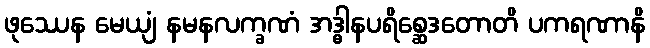
ဖုဿေန မေယျံ နမနလက္ခဏံ အဒ္ဓါနပရိစ္ဆေဒတောတိ ပကရဏာနိ